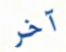
آخر